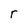
Character: r